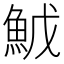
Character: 𬵇